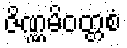
ဇိဏ္ဏမိဝတ္တစံ